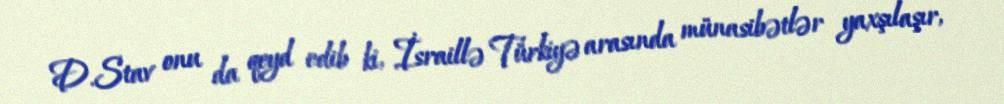
D.Stav onu da qeyd edib ki, İsraillə Türkiyə arasında münasibətlər yaxşılaşır,